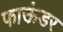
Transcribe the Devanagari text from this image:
फाऊंडर